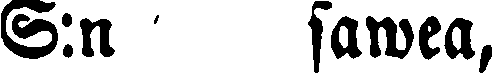
S:n sawea,